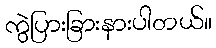
ကွဲပြားခြားနားပါတယ်။